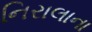
નિરાલાના